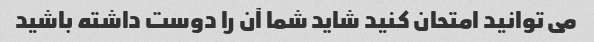
می توانید امتحان کنید شاید شما آن را دوست داشته باشید